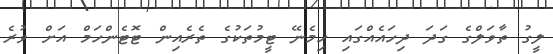
ލީގު ތާވަލްގެ ގަދަ ދިހައެއްގައި ހިމެނޭ ޓީމުތަކުގެ ތެރެއިން ޓޮޓެންހަމް އަށް ވުރެ